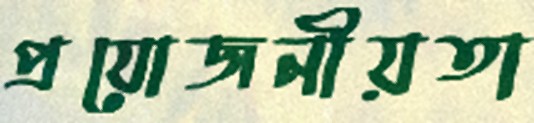
প্রযোজনীয়তা